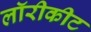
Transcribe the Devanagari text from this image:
लॉरीकीट